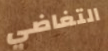
التغاضي